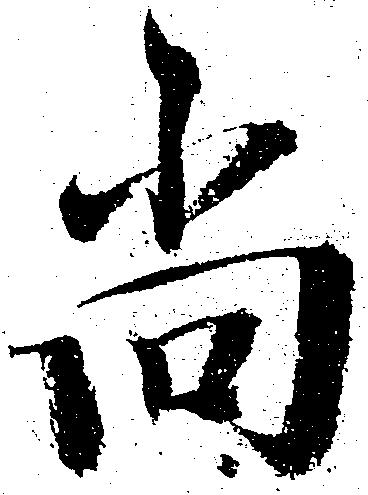
尚